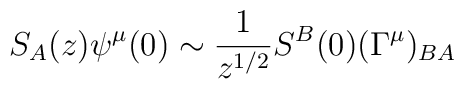
S_A(z)\psi^\mu(0)\sim {\frac{1}{ z^{1/2}}}S^{B}(0)(\Gamma^\mu)_{BA}